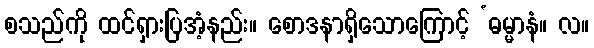
စသည်ကို ထင်ရှားပြအံ့နည်း။ စောဒနာရှိသောကြောင့် ‘ဓမ္မာနံ။ လ။